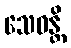
သေဝန္တိ